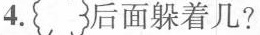
4.( 后面躲着几?